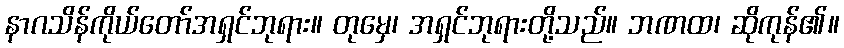
နာဂသိန်ကိုယ်တော်အရှင်ဘုရား။ တုမှေ၊ အရှင်ဘုရားတို့သည်။ ဘဏထ၊ ဆိုကုန်၏။